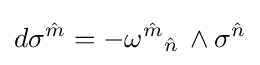
d\sigma ^{\hat {m}}=-{\omega ^{\hat {m}}}_{\hat {n}}\,\wedge \sigma ^{\hat {n}}